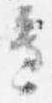
辺